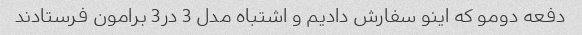
دفعه دومو که اینو سفارش دادیم و اشتباه مدل 3 در3 برامون فرستادند